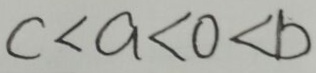
c < a < 0 < b